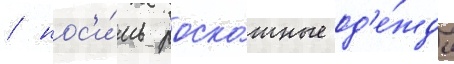
/ нос'и́ть роско́шные од'е́жды